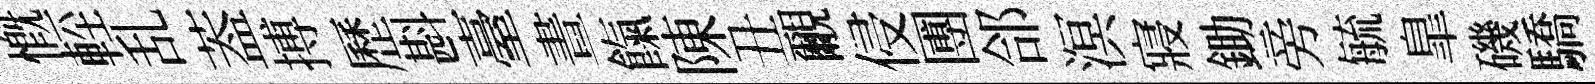
慨䡖乱葢搏歷斟臺晝餼陳丑覼侵圑郃溟寢鋤旁毓臯磯驕